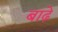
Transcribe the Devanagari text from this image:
बाढ़े